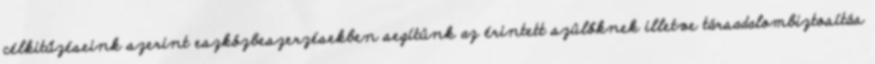
célkitűzéseink szerint eszközbeszerzésekben segítünk az érintett szülőknek illetve társadalombiztosítás